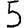
Digit: 5